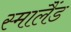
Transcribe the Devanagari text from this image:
स्मालैंड